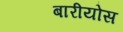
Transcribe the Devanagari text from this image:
बारीयोस